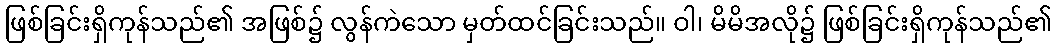
ဖြစ်ခြင်းရှိကုန်သည်၏ အဖြစ်၌ လွန်ကဲသော မှတ်ထင်ခြင်းသည်။ ဝါ၊ မိမိအလို၌ ဖြစ်ခြင်းရှိကုန်သည်၏